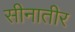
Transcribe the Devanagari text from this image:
सीनातीर